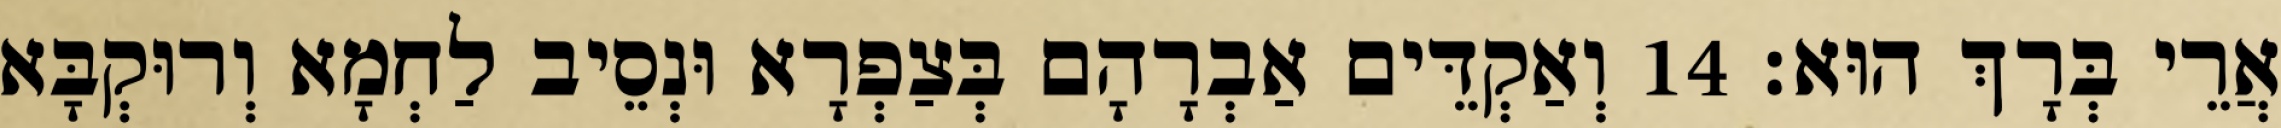
אֲרֵי בְּרָךְ הוּא׃ 14 וְאַקְדֵּים אַבְרָהָם בְּצַפְרָא וּנְסֵיב לַחְמָא וְרוּקְבָּא